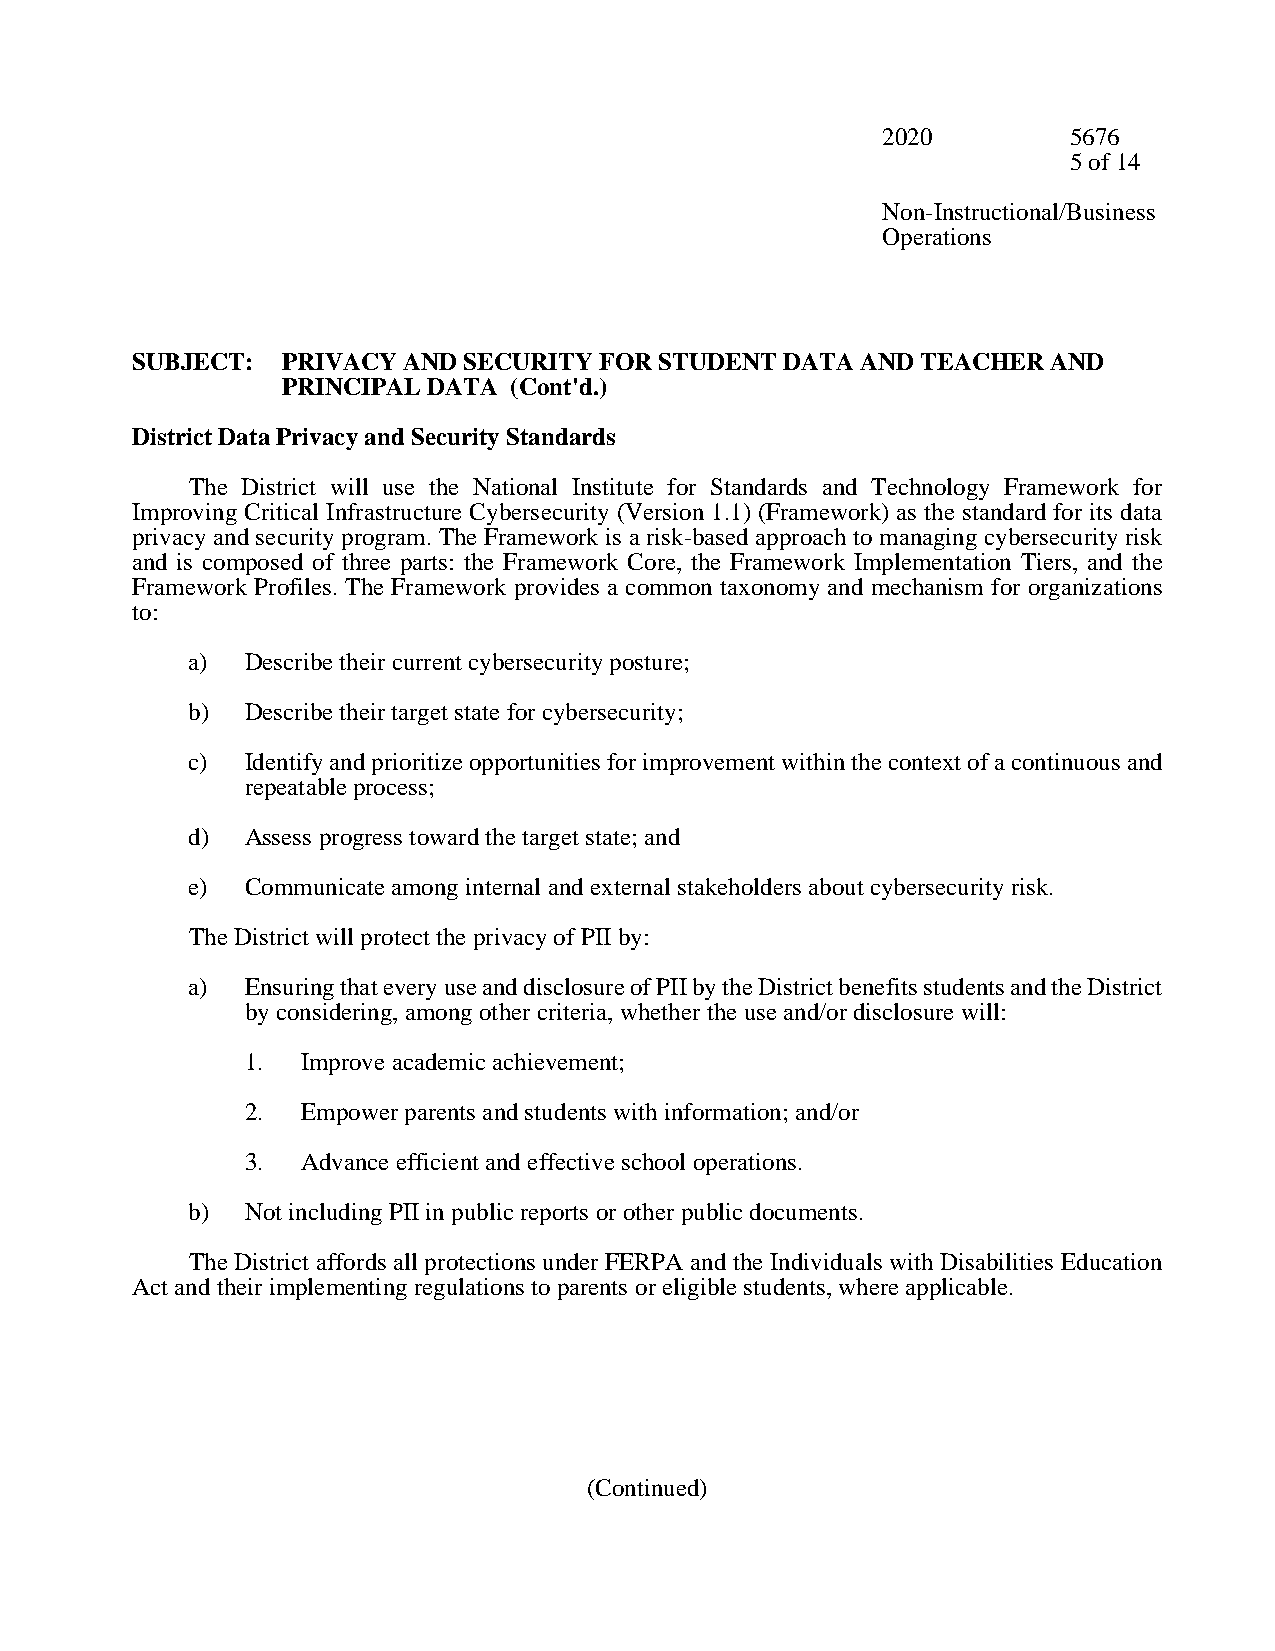
2020         5676
 5 of 14
 Non-Instructional/Business
 Operations
 SUBJECT:  PRIVACY AND SECURITY FOR STUDENT DATA AND TEACHER  AND
 PRINCIPAL DATA (Cont'd.)
 District Data Privacy and Security Standards
 The District will use the National Institute for Standards and Technology Framework for
 Improving Critical Infrastructure Cybersecurity (Version 1.1) (Framework) as the standard for its data
 privacy and security program. The Framework is a risk-based approach to managing cybersecurity risk
 and is composed of three parts: the Framework Core, the Framework Implementation Tiers, and the
 Framework Profiles. The Framework provides a common taxonomy and mechanism for organizations
 to:
 a)  Describe their current cybersecurity posture;
 b)  Describe their target state for cybersecurity;
 c)  Identify and prioritize opportunities for improvement within the context of a continuous and
 repeatable process;
 d)  Assess progress toward the target state; and
 e)  Communicate among internal and external stakeholders about cybersecurity risk.
 The District will protect the privacy of PII by:
 a)  Ensuring that every use and disclosure of PII by the District benefits students and the District
 by considering, among other criteria, whether the use and/or disclosure will:
 1.  Improve academic achievement;
 2.  Empower parents and students with information; and/or
 3.  Advance efficient and effective school operations.
 b)  Not including PII in public reports or other public documents.
 The District affords all protections under FERPA and the Individuals with Disabilities Education
 Act and their implementing regulations to parents or eligible students, where applicable.
 (Continued)